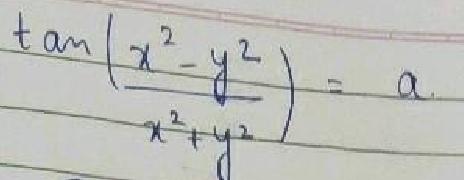
\(\tan\left(\frac{x^{2}-y^{2}}{x^{2}+y^{2}}\right)=a\)